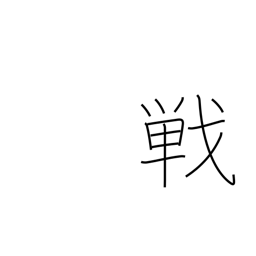
Meaning: match